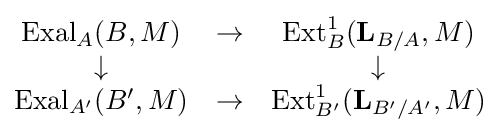
{\begin{matrix}{\text{Exal}}_{A}(B,M)&\to &{\text{Ext}}_{B}^{1}(\mathbf {L} _{B/A},M)\\\downarrow &&\downarrow \\{\text{Exal}}_{A'}(B',M)&\to &{\text{Ext}}_{B'}^{1}(\mathbf {L} _{B'/A'},M)\end{matrix}}